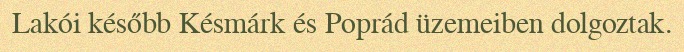
Lakói később Késmárk és Poprád üzemeiben dolgoztak.